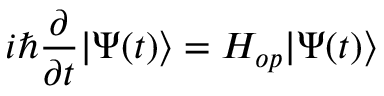
i \hbar \frac { \partial } { \partial t } | \Psi ( t ) \rangle = H _ { o p } | \Psi ( t ) \rangle